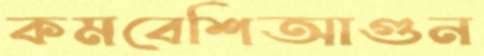
কমবেশিআগুন